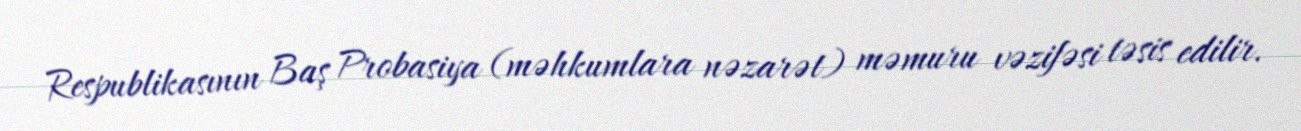
Respublikasının Baş Probasiya (məhkumlara nəzarət) məmuru vəzifəsi təsis edilir.